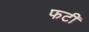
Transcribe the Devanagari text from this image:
फटीं